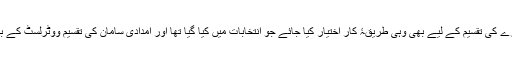
میاں فیاض ربانی نے مشورہ دیا ہے کہ گندم، خوراک اور چارے کی تقسیم کے لیے بھی وہی طریقۂ کار اختیار کیا جائے جو انتخابات میں کیا گیا تھا اور امدادی سامان کی تقسیم ووٹرلسٹ کے بنیاد پر ہو اور ہر شناختی کارڈ پر 50 کلو گرام گندم دی جائے۔